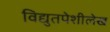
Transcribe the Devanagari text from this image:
विद्युतपेशीलेख